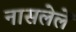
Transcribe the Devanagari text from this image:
नासलेलें